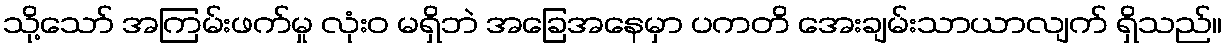
သို့သော် အကြမ်းဖက်မှု လုံးဝ မရှိဘဲ အခြေအနေမှာ ပကတိ အေးချမ်းသာယာလျက် ရှိသည်။